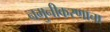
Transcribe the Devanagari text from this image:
नमुनीकरणाचा